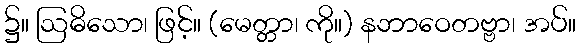
၌။ ဩဓိသော၊ ဖြင့်။ (မေတ္တာ၊ ကို။) နဘာဝေတဗ္ဗာ၊ အပ်။